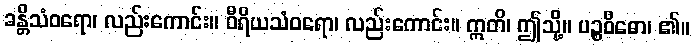
ခန္တိသံဝရော၊ လည်းကောင်း။ ဝီရိယသံဝရော၊ လည်းကောင်း။ ဣတိ၊ ဤသို့။ ပဉ္စဝိဓော၊ ၏။